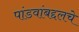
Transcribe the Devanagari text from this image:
पांडवांबद्दलचे